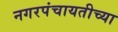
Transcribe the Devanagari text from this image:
नगरपंचायतीच्या